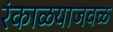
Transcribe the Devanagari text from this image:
रंकाळयाजवळ